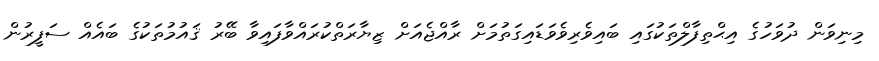
މިނިވަން ދުވަހުގެ އިޙްތިފާލްތަކުގައި ބައިވެރިވެވަޑައިގަތުމަށް ރާއްޖެއަށް ޒިޔާރަތްކުރައްވާފައިވާ ބޭރު ޤައުމުތަކުގެ ބައެއް ސަފީރުން